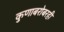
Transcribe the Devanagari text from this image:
कुणाबरोबरही